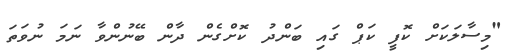
"މިސާލަކަށް ކޮފީ ކަޕް ގައި ބަންދު ކޮށްގެން ދާން ބޭނުންވާ ނަމަ ނުވަތަ